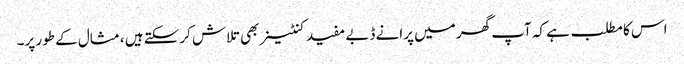
اس کا مطلب ہے کہ آپ گھر میں پرانے ڈبے مفید کنٹینر بھی تلاش کرسکتے ہیں ، مثال کے طور پر۔